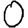
Digit: 0